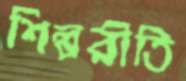
শিল্পরীতি